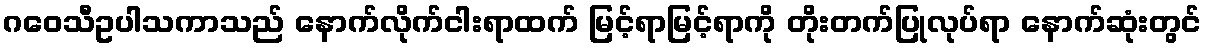
ဂဝေသီဥပါသကာသည် နောက်လိုက်ငါးရာထက် မြင့်ရာမြင့်ရာကို တိုးတက်ပြုလုပ်ရာ နောက်ဆုံးတွင်